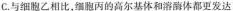
C.与细胞乙相比，细胞丙的高尔基体和溶酶体都更发达